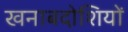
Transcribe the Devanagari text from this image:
खनाबदोशियों